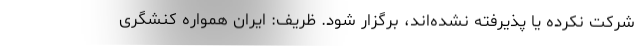
شرکت نکرده یا پذیرفته نشده‌اند، برگزار شود. ظریف: ایران همواره کنشگری